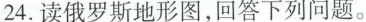
24.读俄罗斯地形图，回答下列问题。